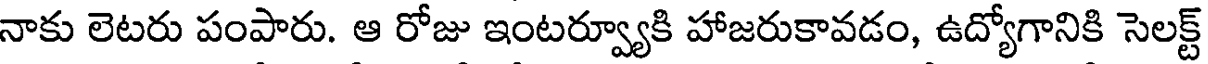
నాకు లెటరు పంపారు. ఆ రోజు ఇంటర్వ్యూకి హాజరుకావడం, ఉద్యోగానికి సెలక్ట్